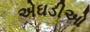
એઘડીઓ